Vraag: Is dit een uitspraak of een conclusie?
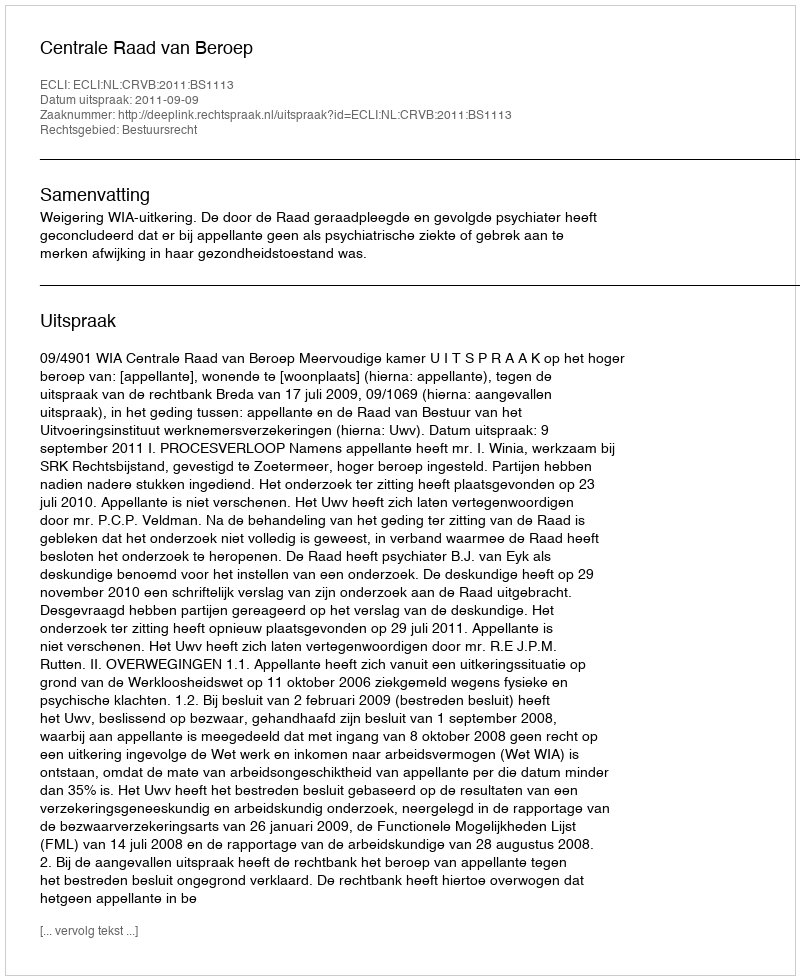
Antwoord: Uitspraak